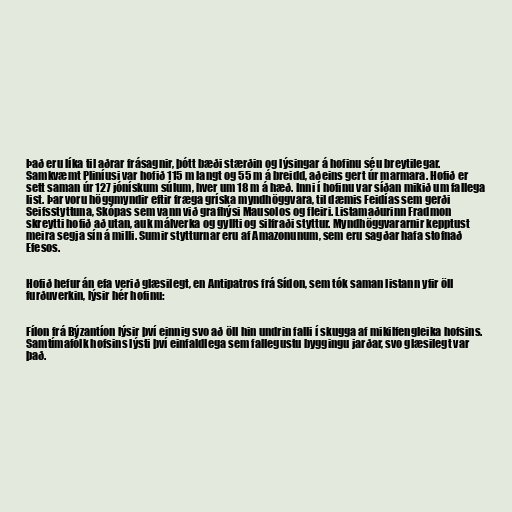
Það eru líka til aðrar frásagnir, þótt bæði stærðin og lýsingar á hofinu séu breytilegar.
Samkvæmt Pliníusi var hofið 115 m langt og 55 m á breidd, aðeins gert úr marmara. Hofið er
sett saman úr 127 jónískum súlum, hver um 18 m á hæð. Inni í hofinu var síðan mikið um fallega
list. Þar voru höggmyndir eftir fræga gríska myndhöggvara, til dæmis Feidías sem gerði
Seifsstyttuna, Skópas sem vann við grafhýsi Mausolos og fleiri. Listamaðurinn Fradmon
skreytti hofið að utan, auk málverka og gyllti og silfraði styttur. Myndhöggvararnir kepptust
meira segja sín á milli. Sumir stytturnar eru af Amazonunum, sem eru sagðar hafa stofnað
Efesos.

Hofið hefur án efa verið glæsilegt, en Antipatros frá Sídon, sem tók saman listann yfir öll
furðuverkin, lýsir hér hofinu:

Fílon frá Býzantíon lýsir því einnig svo að öll hin undrin falli í skugga af mikilfengleika hofsins.
Samtímafólk hofsins lýsti því einfaldlega sem fallegustu byggingu jarðar, svo glæsilegt var
það.